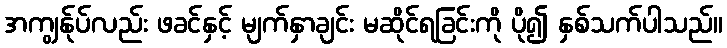
အကျွန်ုပ်လည်း ဖခင်နှင့် မျက်နှာချင်း မဆိုင်ရခြင်းကို ပို၍ နှစ်သက်ပါသည်။